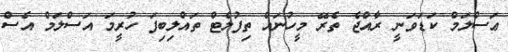
ޢަސްލަމް ކަޑަވަނީ ރާއްޖެ ތެރޭ މީހުނަައް ތިފުލެޓް ތައްލިބިފަ ހުރީމަ އަސްލަމް އެސް